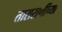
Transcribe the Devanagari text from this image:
ताराराणींच्या